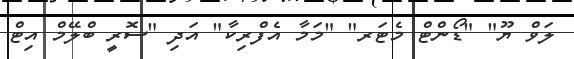
ލަވް ޔޫ" "ޑޯންޓް މެޓަރ" "މަމާ އެފްރިކާ" އަދި "ސޮރީ ބްލޭމް އިޓް